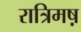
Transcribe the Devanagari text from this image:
रात्रिमष़